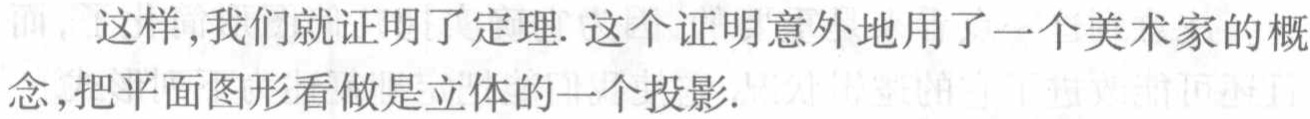
这样,我们就证明了定理. 这个证明意外地用了一个美术家的概念,把平面图形看做是立体的一个投影.